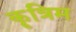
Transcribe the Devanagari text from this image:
कॄत्रिम